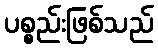
ပစ္စည်းဖြစ်သည်